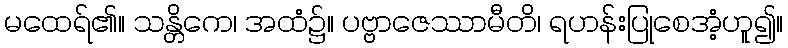
မထေရ်၏။ သန္တိကေ၊ အထံ၌။ ပဗ္ဗာဇေဿာမီတိ၊ ရဟန်းပြုစေအံ့ဟူ၍။